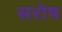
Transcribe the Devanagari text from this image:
सरोष